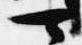
可